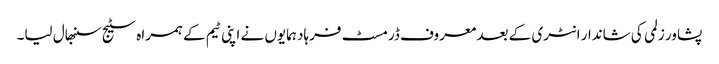
پشاور زلمی کی شاندار انٹری کے بعد معروف ڈرمسٹ فرہاد ہمایوں نے اپنی ٹیم کے ہمراہ سٹیج سنبھال لیا۔